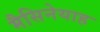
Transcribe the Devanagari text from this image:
मैसिनेयाह